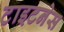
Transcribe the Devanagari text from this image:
टाइटनेस